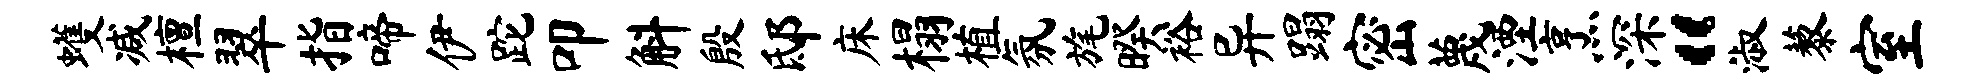
蠖减檀翠指啼伊跎叩斛殷邸床榻植氛旄暌裕异蹋密蔑湮烹深“淑藜室